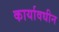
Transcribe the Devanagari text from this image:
कार्यावधीन